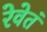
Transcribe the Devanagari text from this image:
रेवेतं